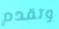
وتقدم